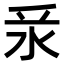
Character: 𣲛